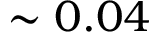
\sim 0 . 0 4